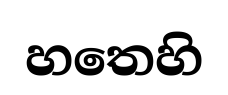
හතෙහි